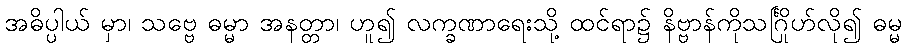
အဓိပ္ပါယ် မှာ၊ သဗ္ဗေ ဓမ္မာ အနတ္တာ၊ ဟူ၍ လက္ခဏာရေးသို့ ထင်ရာ၌ နိဗ္ဗာန်ကိုသင်္ဂြိုဟ်လို၍ ဓမ္မ